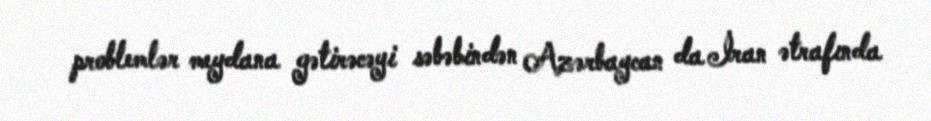
problemlər meydana gətirəcəyi səbəbindən Azərbaycan da İran ətrafında